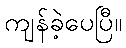
ကျန်ခဲ့ပေပြီ။